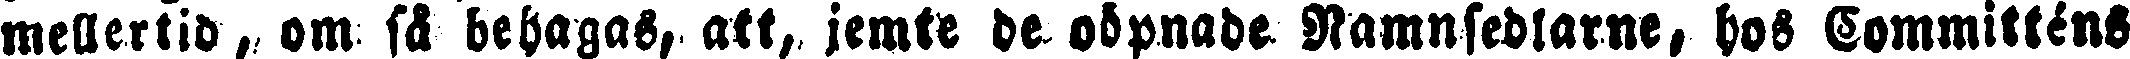
mellerlid, om så behagas, att, jemte de oöpnade Namnsedlarne, hos Committéns